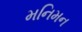
મનિમન